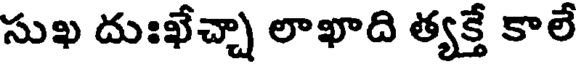
సుఖ దుఃఖేచ్చా లాఖాది త్యక్తే కాలే